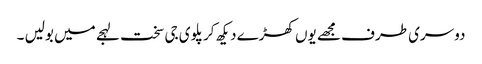
دوسری طرف مجھے یوں کھڑے دیکھ کر پلوی جی سخت لہجے میں بولیں ۔